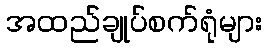
အထည်ချုပ်စက်ရုံများ